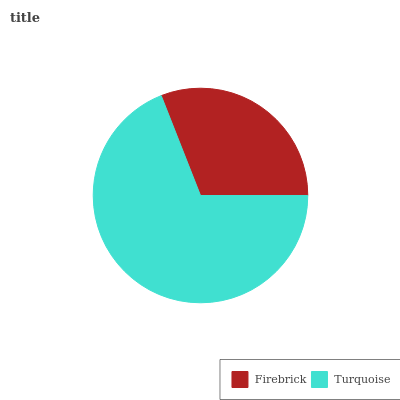
| Firebrick | Turquoise |
 | --- | --- |
 | 31% | 69% |